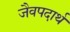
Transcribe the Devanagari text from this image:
जैवपदार्थ